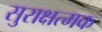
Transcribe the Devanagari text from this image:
सुराक्षत्मक